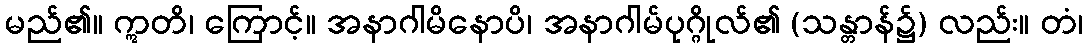
မည်၏။ ဣတိ၊ ကြောင့်။ အနာဂါမိနောပိ၊ အနာဂါမ်ပုဂ္ဂိုလ်၏ (သန္တာန်၌) လည်း။ တံ၊